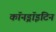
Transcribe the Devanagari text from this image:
कॉनड्रॉइटिन